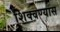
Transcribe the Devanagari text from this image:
शिक्वण्यास